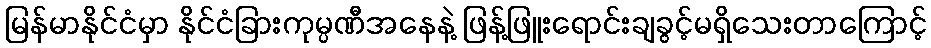
မြန်မာနိုင်ငံမှာ နိုင်ငံခြားကုမ္ပဏီအနေနဲ့ ဖြန့်ဖြူးရောင်းချခွင့်မရှိသေးတာကြောင့်